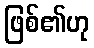
ဖြစ်၏ဟု